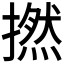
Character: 撚